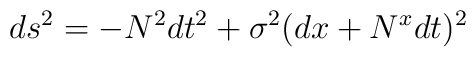
ds^{2}=-N^{2}dt^{2}+\sigma^{2}(dx+N^{x}dt)^{2}